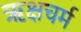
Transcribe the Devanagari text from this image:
ऋक्षचर्म